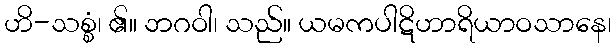
ဟိ-သစ္စံ၊ ၏။ ဘဂဝါ၊ သည်။ ယမကပါဋိဟာရိယာဝသာနေ၊